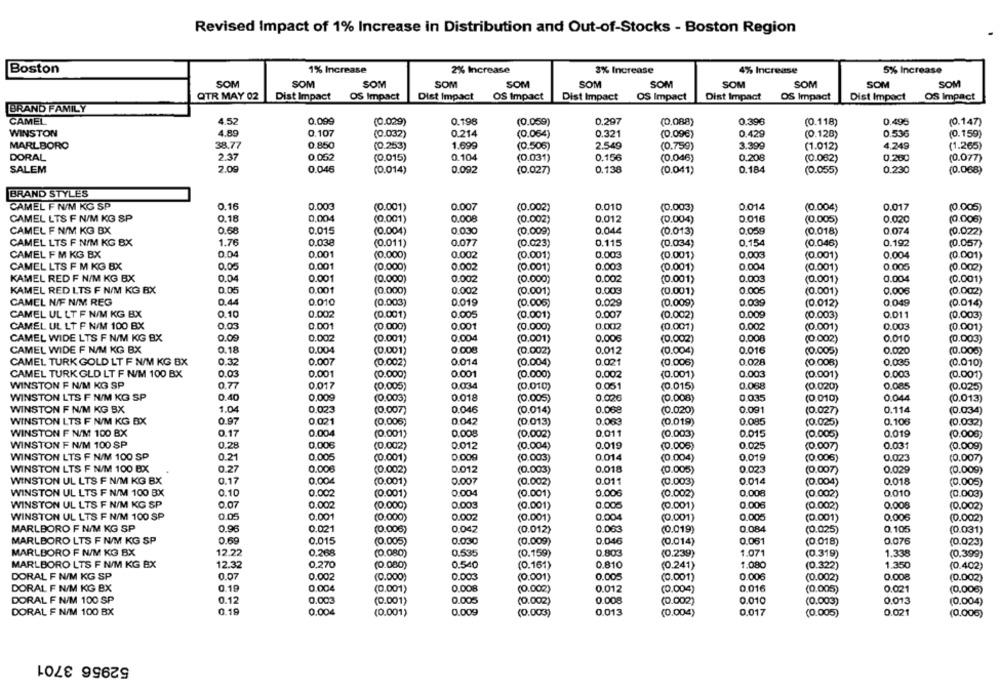
Revised Impact of 1% Increase in Distribution and Out-of-Stocks - Boston Region
1% Increase
2% Increase
4% Increase
Boston
3% Increase
5% Increase
SOM
SOM
SOM
SOM
SOM
SOM
SOM
SOM
SOM
SOM
SOM
QTR MAY 02
Dist Impact
OS Impact
Dist Impact
OS Impact
Dist Impact
OS Impact
Dist Impact
OS Impact
Dist Impact
OS Impact
BRAND FAMILY
CAMEL
4.52
0.099
(0.029)
0.198
(0.059)
0.297
(0.088)
0.396
(0.118)
0.49€
(0.147)
4.89
WINSTON
0.107
(0.032)
0.214
(0.064)
0.321
(0.096)
0.429
(0.128)
0.536
(0.159)
MARLBORO
38.77
0.850
(0.253)
1.699
(0.505)
2.549
(0.759)
3.399
(1.012)
4.249
(1.265)
DORAL
2.37
0.052
(0.015)
0.104
(0.031)
0.156
(0.046)
0.208
(0.062)
0.260
(0.077)
SALEM
7.09
0.046
(0.014)
0.092
(0.027)
0,138
(0.041)
0.184
(0.055)
0.230
(0.068)
BRAND STYLES
CAMEL F N/M KG SP
0.16
0.003
(0.001)
0.007
(0.002)
0.010
(0.003)
0.014
(0.004)
0.017
(0.005)
CAMEL LTS F N/M KG SP
0.18
0.004
(0.001)
0.008
(0.002)
0.012
(0.004)
0.016
(0.005)
0.020
(0.006)
0.68
CAMEL F N/M KG BX
0.015
(0.004)
0.030
(0.009)
0.044
(0.013)
0.05g
(0.018)
0.074
(0.022)
CAMEL LTS F N/M KG BX
1.76
0.038
(0.011)
0.077
(0.023)
0.115
(0.034)
0.154
0.192
(0.057)
(0.046)
CAMEL F M KG BX
0.04
0.001
(0.000)
0.002
(0.001)
0.003
(0.001)
0.003
(0.001)
0.004
(0.001)
CAMEL LTS F M KG BX
0.05
0.001
(0.000)
0.002
(0.001)
0.003
(0.001)
0.004
(0.001)
0.005
(0.002)
KAMEL RED F N/M KG BX
0.04
0.001
(0.000)
0.002
(0.000)
0.002
(0.001)
0.003
(0.001)
0.004
(0.001)
KAMEL RED LTS F N/M KG BX
0.05
0.001
(0.000)
0.002
(0.001)
0.003
(0.001)
0.005
(0.001)
0.006
(0.002)
CAMEL N/F N/M REG
0.44
0.010
(0.003)
0.019
(0.006)
0.029
(0.009)
0,039
(0.012)
0 049
(0.014)
CAMEL UL LT F N/M KG BX
0.10
0.002
(0.001)
0.005
(0.001)
0.007
(0.002)
0.009
(0.003)
0.011
(0.003)
CAMEL UL LT F N/M 100 BX
0.03
0.001
(0.000)
0.001
(0.000)
0.002
(0.001)
(0.001)
0.003
(0.001)
0.002
CAMEL WIDE LTS F N/M KG BX
0.09
0.002
(0.001)
0.004
(0.001)
0.006
(0.002)
0.008
(0.002)
0.010
(0.003)
CAMEL WIDE F N/M KG BX
0.18
0.004
(0.001)
0.008
(0.002)
0.012
(0.004)
0.016
(0.005)
0.020
(0.006)
CAMEL TURK GOLD LT F N/M KG BX
0.32
0.007
(0.002)
0.014
(0.004)
0.021
(0.006)
0.028
(0.008)
0.035
(0.010)
CAMEL TURK GLD LT F N/M 100 BX
0.03
0.001
(0.000)
0.001
(0.000)
0.002
0.003
0.00€
(0.001)
(0.001)
(0.001)
WINSTON F N/M KG SP
0.77
0.017
(0.005)
0.034
(0.010)
0.051
(0.015)
0.068
(0.020)
0.085
(0.025)
WINSTON LTS F N/M KG SP
0.40
0,009
(0.003)
0.018
(0.005)
0.020
(0.008)
0.035
(0.010)
0.044
(0.013)
WINSTON F N/M KG BX
1.04
0.023
0.046
0.068
0.091
0.114
(0.007)
(0.014)
(0.020)
(0.027)
(0.034)
WINSTON LTS F N/M KG BX
0.97
0.021
(0.006)
0.042
(0.013)
0.063
(0.019)
0.085
(0.025)
0.106
(0.032)
WINSTON F N/M 100 BX
0.17
0.004
(0.001)
0.008
(0.002)
0,011
(0.003)
0.015
(0.005)
0.019
(0.006)
WINSTON F N/M 100 SP
0.006
0.019
0.025
0.28
(0.002)
0.012
(0.004)
(0.005)
(0.007)
0.031
(0.009)
WINSTON LTS F N/M 100 SP
0.21
0.005
(0.001)
0.000
(0.003)
0.014
(0.004)
0.019
(0.006)
0.023
(0.007)
WINSTON LTS F N/M 100 BX
0.27
0.006
(0.002)
0.012
(0.003)
0.018
(0.005)
0.023
(0.007)
0.029
(0.009)
WINSTON UL LTS F N/M KG BX
0.17
0.004
(0.001)
0.007
(0.002)
0.011
(0.003)
0.014
(0.004)
0.018
(0.005)
WINSTON UL LTS F N/M 100 BX
0.10
0.002
0.006
0.008
(0.001)
0.004
(0.001)
(0.002)
(0.002)
0.010
(0.003)
WINSTON UL LTS F N/M KG SP
0.07
0.002
(0.000)
0.003
(0.001)
0.000
(0.001)
0.006
(0.002)
0.008
(0.002)
WINSTON UL LTS F N/M 100 SP
0.05
0.001
(0.000)
0.002
(0.001)
0.004
(0.001)
0.005
(0.001)
0.006
(0.002)
0.047
MARLBORO F N/M KG SP
0.96
0.021
(0.006)
(0.012)
0.063
(0.019
0 084
(0.025)
0.105
(0.031)
MARLBORO LTS F N/M KG SP
0.69
0.015
(0.005)
0.030
(0.009)
0.046
(0.014)
0.061
0.076
(0.018)
(0.023)
MARLBORO F N/M KG BX
12.22
0.268
(0.080)
0.535
(0.159)
0.803
(0.239)
1.071
(0.319)
1.338
(0.399)
MARLBORO LTS F N/M KG BX
12.32
0,270
(0.080)
0.540
(0.161)
0.810
(0.241)
1.080
(0.322)
1.350
(0.402)
DORAL F N/M KG SP
0.07
0.002
(0.000)
0.003
(0.001)
0.005
(0.001)
0.006
(0.002)
0.008
(0.002)
DORAL F N/M KG BX
0.19
0.004
(0.001)
0.008
(0.002)
0.012
(0.004)
0.016
(0.005)
0.021
(0.008)
DORAL F N/M 100 SP
0.12
0.002
(0.001)
0.005
(0.002)
0.008
(0.002)
0.010
(0.003)
0.013
(0.004)
DORAL F N/M 100 BX
0.19
0.004
(0.001)
0.009
(0.003)
0.013
(0.004)
0.017
(0.005)
0.021
(0.006)
52956 3701